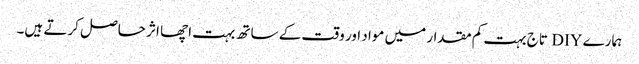
ہمارے DIY تاج بہت کم مقدار میں مواد اور وقت کے ساتھ بہت اچھا اثر حاصل کرتے ہیں۔